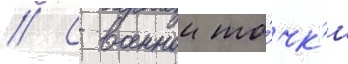
// С военнои то́чк'и